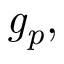
{ \mathit { g _ { p } } } ,